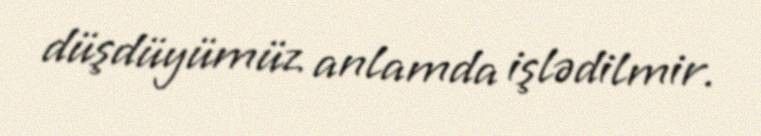
düşdüyümüz anlamda işlədilmir.